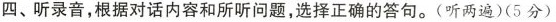
四、听录音,根据对话内容和所听问题,选择正确的答句。(听两遍)(5分)